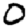
Digit: 0